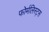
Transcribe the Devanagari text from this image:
फोर्मलिस्ट्स